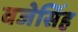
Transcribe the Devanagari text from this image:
वजेसिंह